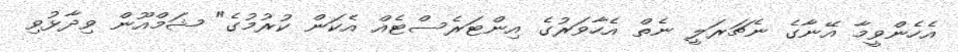
އެހެންވީމާ އޭނާގެ ނެޗަރަލީ ނެތް އެހާވަރުގެ އިންޓަރެސްޓެއް އެކަން ކުރުމުގެ" ޝަމްއޫން ވިދާޅުވި